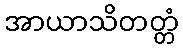
အာယာသိတတ္တံ